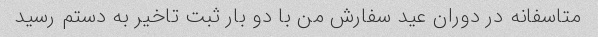
متاسفانه در دوران عید سفارش من با دو بار ثبت تاخیر به دستم رسید